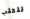
للقلب